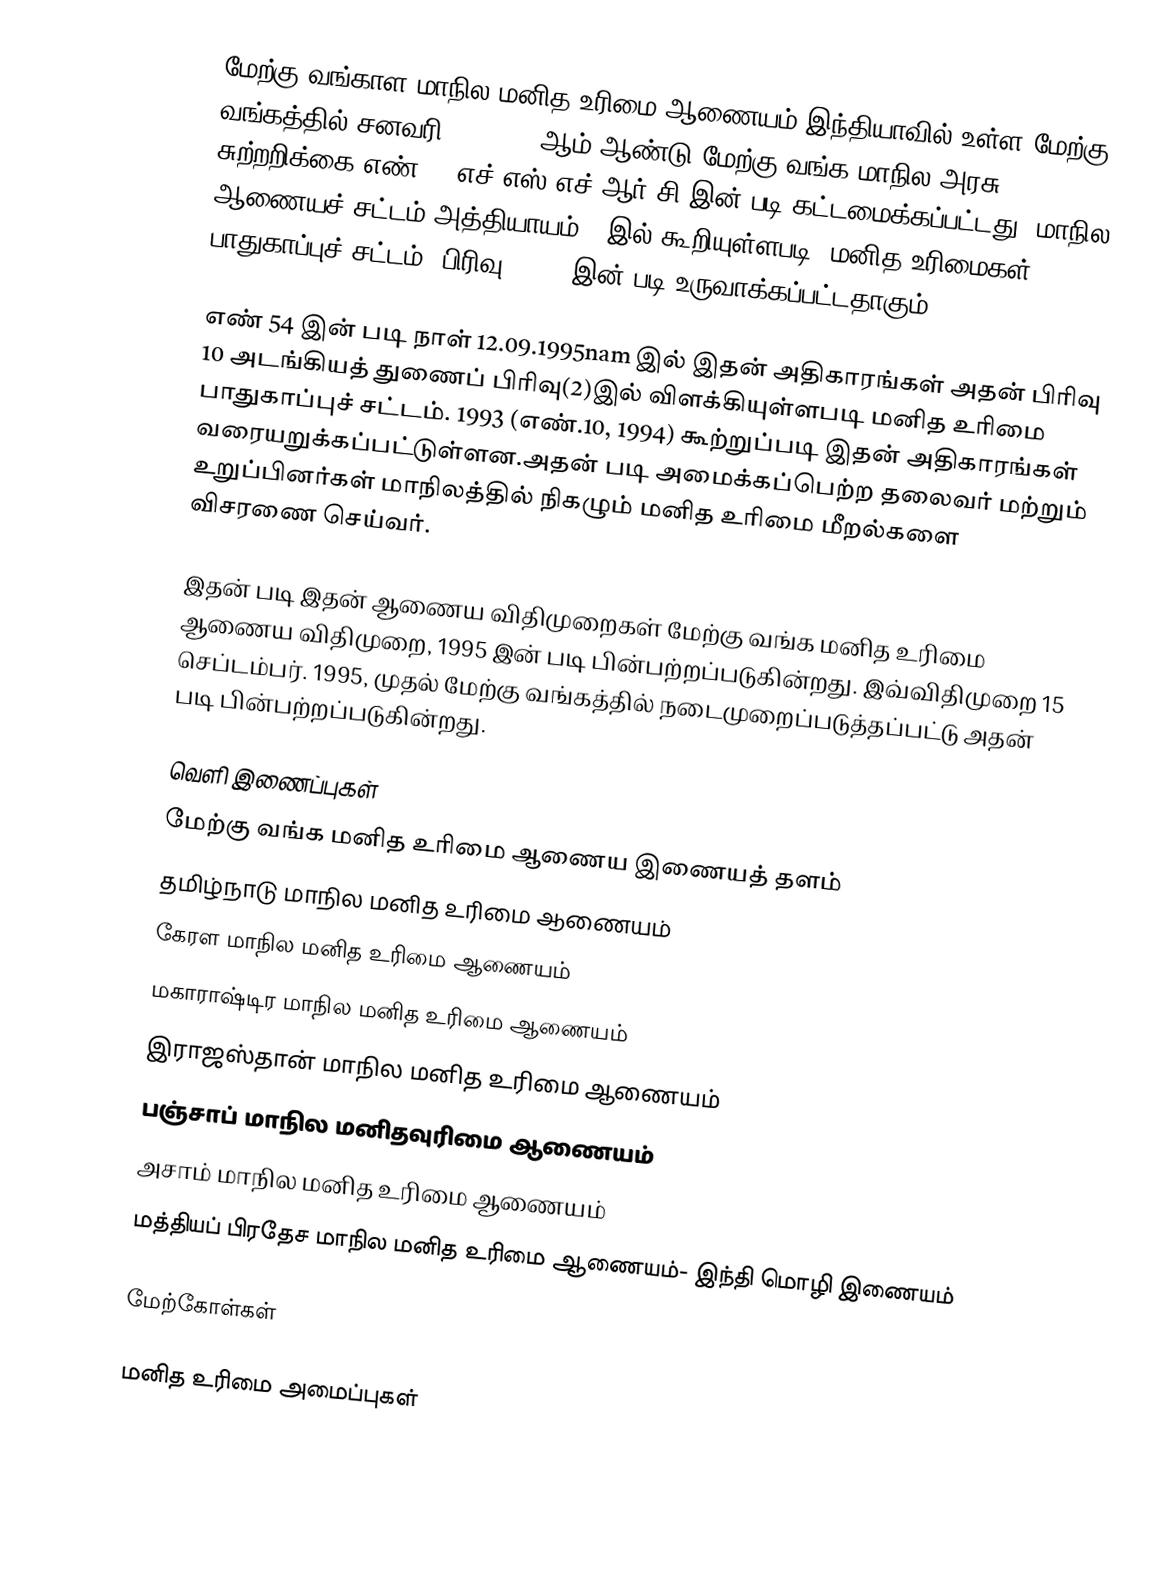
மேற்கு வங்காள மாநில மனித உரிமை ஆணையம் இந்தியாவில் உள்ள  மேற்கு வங்கத்தில் சனவரி 31, 1995 ஆம் ஆண்டு மேற்கு வங்க மாநில அரசு சுற்றறிக்கை எண் 42 எச்.எஸ்/எச்.ஆர்.சி இன் படி கட்டமைக்கப்பட்டது. மாநில ஆணையச் சட்டம் அத்தியாயம் 5 இல் கூறியுள்ளபடி, மனித உரிமைகள் பாதுகாப்புச் சட்டம், பிரிவு 21(2) இன் படி உருவாக்கப்பட்டதாகும்.

எண் 54 இன் படி நாள் 12.09.1995nam இல் இதன் அதிகாரங்கள் அதன் பிரிவு 10 அடங்கியத் துணைப் பிரிவு(2)இல் விளக்கியுள்ளபடி மனித உரிமை பாதுகாப்புச் சட்டம். 1993 (எண்.10, 1994) கூற்றுப்படி இதன் அதிகாரங்கள் வரையறுக்கப்பட்டுள்ளன.அதன் படி அமைக்கப்பெற்ற தலைவர் மற்றும் உறுப்பினர்கள் மாநிலத்தில் நிகழும் மனித உரிமை மீறல்களை விசரணை செய்வர்.

இதன் படி இதன் ஆணைய விதிமுறைகள்  மேற்கு வங்க மனித உரிமை ஆணைய விதிமுறை, 1995  இன் படி பின்பற்றப்படுகின்றது. இவ்விதிமுறை 15 செப்டம்பர். 1995,  முதல் மேற்கு வங்கத்தில் நடைமுறைப்படுத்தப்பட்டு அதன் படி பின்பற்றப்படுகின்றது.

வெளி இணைப்புகள்
மேற்கு வங்க மனித உரிமை ஆணைய இணையத் தளம்
தமிழ்நாடு மாநில மனித உரிமை ஆணையம்
கேரள மாநில மனித உரிமை ஆணையம்
மகாராஷ்டிர மாநில மனித உரிமை ஆணையம்
இராஜஸ்தான் மாநில மனித உரிமை ஆணையம்
பஞ்சாப் மாநில மனிதவுரிமை ஆணையம்
அசாம் மாநில மனித உரிமை ஆணையம்
மத்தியப் பிரதேச மாநில மனித உரிமை ஆணையம்- இந்தி மொழி இணையம்

மேற்கோள்கள்

மனித உரிமை அமைப்புகள்